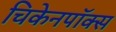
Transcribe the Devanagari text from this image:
चिकेनपॉक्स